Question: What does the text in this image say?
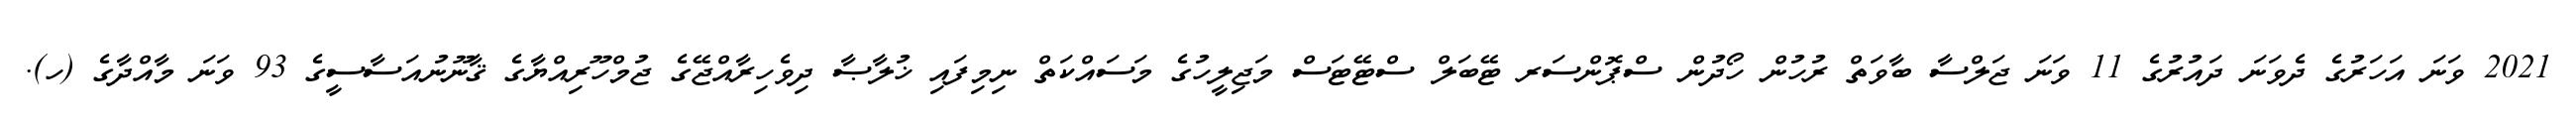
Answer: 2021 ވަނަ އަހަރުގެ ދެވަނަ ދައުރުގެ 11 ވަނަ ޖަލްސާ ބާވަތް ރުހުން ހޯދުން ސްޕޮންސަރ ޓޭބަލް ސްޓޭޓަސް މަޖިލީހުގެ މަސައްކަތް ނިމިފައި ޚުލާޞާ ދިވެހިރާއްޖޭގެ ޖުމްހޫރިއްޔާގެ ޤާނޫނުއަސާސީގެ 93 ވަނަ މާއްދާގެ (ހ).